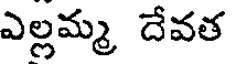
ఎల్లమ్మ దేవత